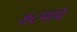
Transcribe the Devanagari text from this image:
७८मध्ये